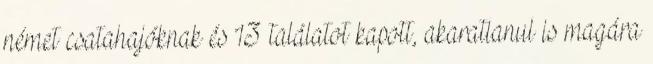
német csatahajóknak és 13 találatot kapott, akaratlanul is magára